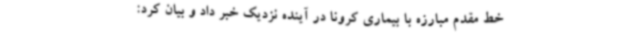
خط مقدم مبارزه با بیماری کرونا در آینده نزدیک خبر داد و بیان کرد: